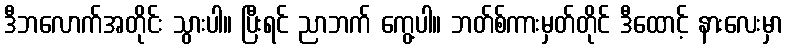
ဒီဘလောက်အတိုင်း သွားပါ။ ပြီးရင် ညာဘက် ကွေ့ပါ။ ဘတ်စ်ကားမှတ်တိုင် ဒီထောင့် နားလေးမှာ